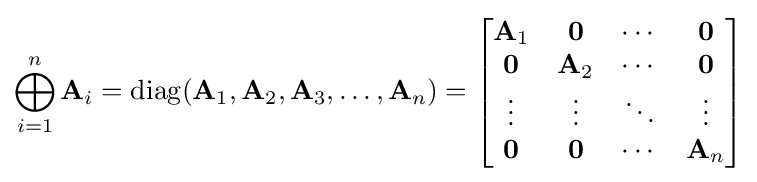
\bigoplus _{i=1}^{n}\mathbf {A} _{i}=\operatorname {diag} (\mathbf {A} _{1},\mathbf {A} _{2},\mathbf {A} _{3},\ldots ,\mathbf {A} _{n})={\begin{bmatrix}\mathbf {A} _{1}&{\boldsymbol {0}}&\cdots &{\boldsymbol {0}}\\{\boldsymbol {0}}&\mathbf {A} _{2}&\cdots &{\boldsymbol {0}}\\\vdots &\vdots &\ddots &\vdots \\{\boldsymbol {0}}&{\boldsymbol {0}}&\cdots &\mathbf {A} _{n}\\\end{bmatrix}}\,\!